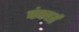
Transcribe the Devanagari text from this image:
पंक्चर्ड